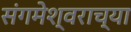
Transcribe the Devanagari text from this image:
संगमेश्वराच्या